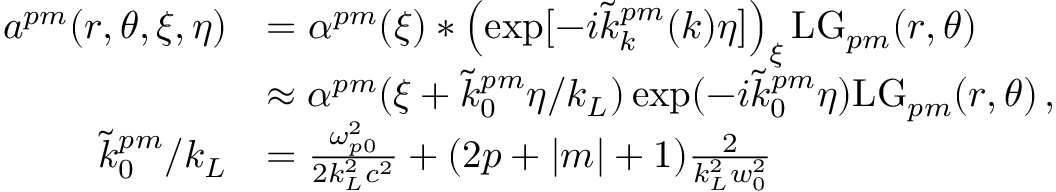
\begin{array} { r l } { a ^ { p m } ( r , \theta , \xi , \eta ) } & { = \alpha ^ { p m } ( \xi ) \ast \left( \exp [ - i \tilde { k } _ { k } ^ { p m } ( k ) \eta ] \right) _ { \xi } \mathrm { L G } _ { p m } ( r , \theta ) } \\ & { \approx \alpha ^ { p m } ( \xi + \tilde { k } _ { 0 } ^ { p m } \eta / k _ { L } ) \exp ( - i \tilde { k } _ { 0 } ^ { p m } \eta ) \mathrm { L G } _ { p m } ( r , \theta ) \, , } \\ { \tilde { k } _ { 0 } ^ { p m } / k _ { L } } & { = \frac { \omega _ { p 0 } ^ { 2 } } { 2 k _ { L } ^ { 2 } c ^ { 2 } } + ( 2 p + | m | + 1 ) \frac { 2 } { k _ { L } ^ { 2 } w _ { 0 } ^ { 2 } } } \end{array}